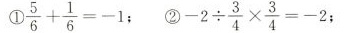
1.$$ \frac { 5 }{ 6 }+$$ \frac{ 1 }{ 6 } = -1$$;2.$$-2 \div \frac { 3 }{ 4} \times \frac { 3 }{ 4 } = -2$$